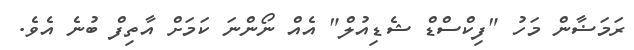
ރަމަޟާން މަހު "ފިކްސްޑް ޝެޑިއުލް" އެއް ނޯންނަ ކަމަށް އާތިފް ބުނެ އެވެ.